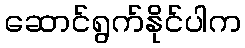
ဆောင်ရွက်နိုင်ပါက